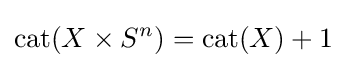
\operatorname {cat} (X\times S^{n})=\operatorname {cat} (X)+1